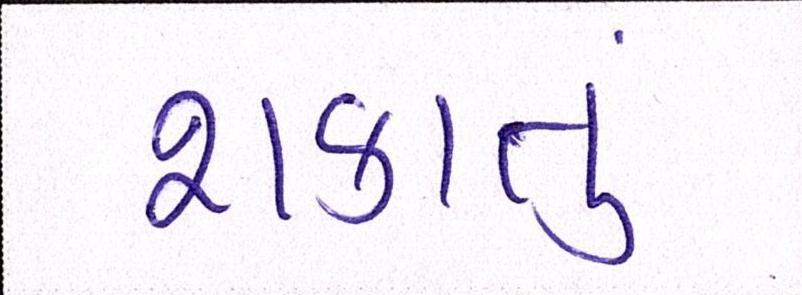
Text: શકાતું